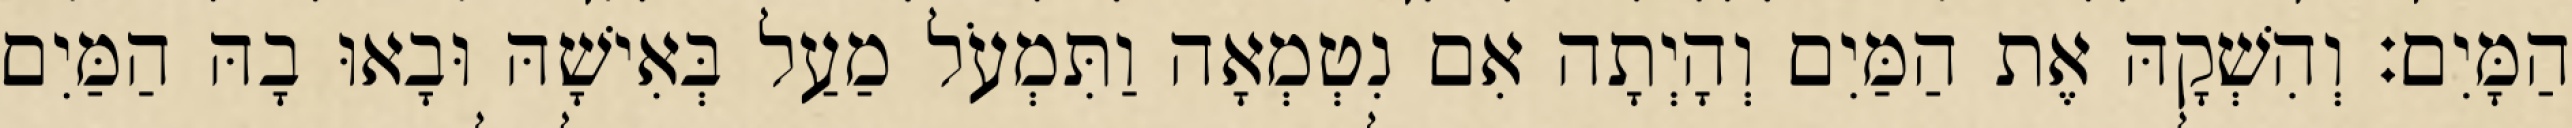
הַמָּיִם׃ וְהִשְׁקָהּ אֶת הַמַּיִם וְהָיְתָה אִם נִטְמְאָה וַתִּמְעֹל מַעַל בְּאִישָׁהּ וּבָאוּ בָהּ הַמַּיִם